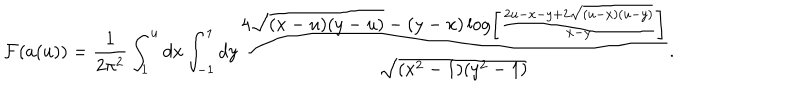
LaTeX: { \cal F } ( a ( u ) ) = { \frac { 1 } { 2 \pi ^ { 2 } } } \int _ { 1 } ^ { u } d x \int _ { - 1 } ^ { 1 } d y { \frac { 4 \sqrt { ( x - u ) ( y - u ) } - ( y - x ) \log \left[ { \frac { 2 u - x - y + 2 \sqrt { ( u - x ) ( u - y ) } } { x - y } } \right] } { \sqrt { ( x ^ { 2 } - 1 ) ( y ^ { 2 } - 1 ) } } } .